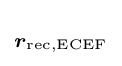
\scriptstyle {\boldsymbol {r}}_{\text{rec,ECEF}}